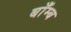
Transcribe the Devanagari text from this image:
बाँम्ब